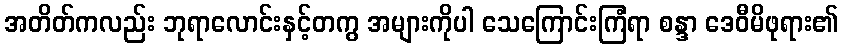
အတိတ်ကလည်း ဘုရာလောင်းနှင့်တကွ အများကိုပါ သေကြောင်းကြံရာ စန္ဒာ ဒေဝီမိဖုရား၏